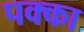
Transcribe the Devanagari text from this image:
पक्‍का